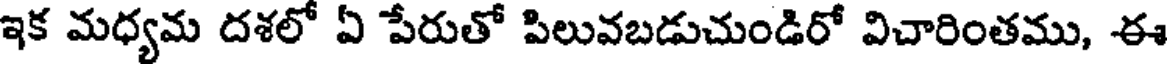
ఇక మధ్యమ దశలో ఏ పేరుతో పిలువబడుచుండిరో విచారింతము, ఈ